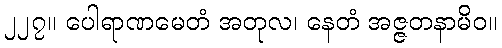
၂၂၇။ ပေါရာဏမေတံ အတုလ၊ နေတံ အဇ္ဇတနာမိဝ။